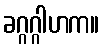
ခဂ္ဂဂ္ဂါဟက။